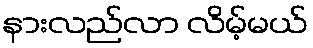
နားလည်လာ လိမ့်မယ်